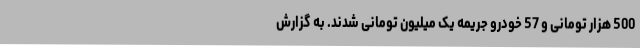
500 هزار تومانی و 57 خودرو جریمه یک میلیون تومانی شدند. به گزارش